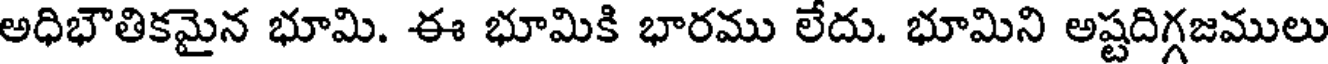
అధిభౌతికమైన భూమి. ఈ భూమికి భారము లేదు. భూమిని అష్టదిగ్గజములు